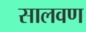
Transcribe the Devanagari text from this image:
सालवण